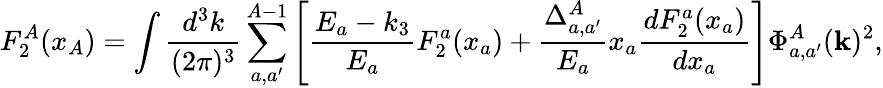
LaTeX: F_{2}^{A}(x_{A})=\int\frac{d^{3}k}{(2\pi)^{3}}\sum_{a,a^{\prime}}^{A-1}\left[\frac{E_{a}-{k_{3}}}{E_{a}}F_{2}^{a}(x_{a})+\frac{\Delta_{a,a^{\prime}}^{A}}{E_{a}}x_{a}\frac{dF_{2}^{a}(x_{a})}{dx_{a}}\right]\Phi_{a,a^{\prime}}^{A}({\mathbf k})^{2},